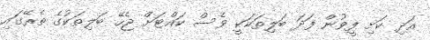
އަދި ކަށި ފީވުން ފަދަ ބަލިތަކަކީ ވެސް ކައްޓަށް ޖެހޭ ބަލިތަކުގެ ތެރޭގައި